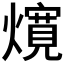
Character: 𰟲